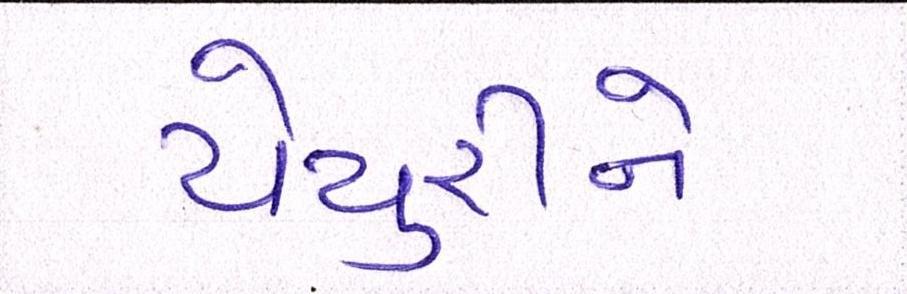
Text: યેચુરીને